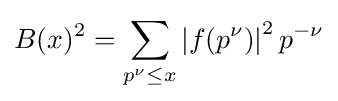
B(x)^{2}=\sum _{p^{\nu }\leq x}\left|f(p^{\nu })\right|^{2}p^{-\nu }